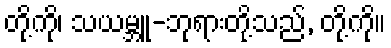
တို့ကို၊ သယမ္ဘူ-ဘုရားတို့သည်, တို့ကို။